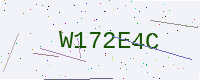
Text: W172E4C